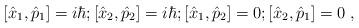
LaTeX: \begin{align*}[\hat x_1, \hat p_1] = i\hbar;[\hat x_2, \hat p_2] = i\hbar;[\hat x_1, \hat p_2] = 0; [\hat x_2,\hat p_1] =0\;, \end{align*}